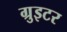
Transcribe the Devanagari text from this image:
ग्रुइटर